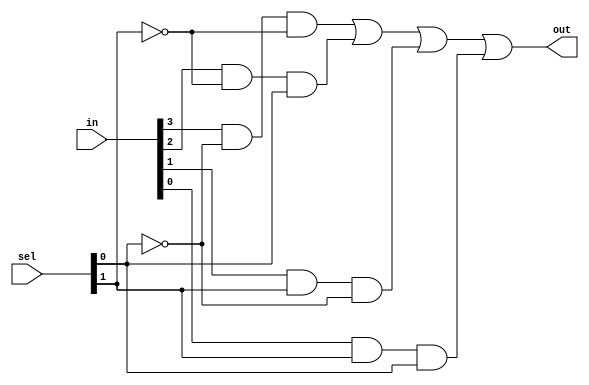
/*
Implement a gate level modeling of a 4x1 multiplexer. Further using the 4x1 MUX 
module, implement a 16x1 multiplexer.
*/

module mux4to1_gate(out,in,sel); 
    input [0:3] in;
    input [0:1] sel;
    output out; 
    wire n1,n2,a1,a2,a3,a4;   
    
    not n(n1,sel[1]);  
    not nn(n2,sel[0]);    
    
    and (a1,in[0],n1,n2); 
    and (a2,in[1],n2,sel[1]); 
    and (a3,in[2],sel[0],n1); 
    and (a4,in[3],sel[0],sel[1]);   
    or or1(out,a1,a2,a3,a4); 
endmodule


module mux16to1(out,in,sel); 
    input [0:15] in; 
    input [0:3] sel; 
    output out; 
    wire [0:3] ma;   

    mux4to1_gate mux1(ma[0],in[0:3],sel[2:3]); 
    mux4to1_gate mux2(ma[1],in[4:7],sel[2:3]); 
    mux4to1_gate mux3(ma[2],in[8:11],sel[2:3]); 
    mux4to1_gate mux4(ma[3],in[12:15],sel[2:3]); 
    mux4to1_gate mux5(out,ma,sel[0:1]);

endmodule


module testmux_16; 
     
    reg [0:15] in; 
    reg [0:3] sel; 
    wire out; 
     
    mux16to1 mux(out,in,sel);   

    initial 
        begin 
            $monitor("in=%b | sel=%b | out=%b",in,sel,out); 
        end   
        
    initial  
        begin
            #0 in=16'b1000000000000000; sel=4'b0000; 
            #3 in=16'b0100000000000000; sel=4'b0001;  
            #3 in=16'b0010000000000000; sel=4'b0010; 
            #3 in=16'b0001000000000000; sel=4'b0011; 
            #3 in=16'b0000100000000000; sel=4'b0100; 
            #3 in=16'b0000010000000000; sel=4'b0101;  
            #3 in=16'b0000001000000000; sel=4'b0110; 
            #3 in=16'b0000000100000000; sel=4'b0111;             
            #3 in=16'b0000000010000000; sel=4'b1000; 
            #3 in=16'b0000000001000000; sel=4'b1001;  
            #3 in=16'b0000000000100000; sel=4'b1010; 
            #3 in=16'b0000000000010000; sel=4'b1011; 
            #3 in=16'b0000000000001000; sel=4'b1100; 
            #3 in=16'b0000000000000100; sel=4'b1101;  
            #3 in=16'b0000000000000010; sel=4'b1110; 
            #3 in=16'b0000000000000001; sel=4'b1111; 
        end 

endmodule